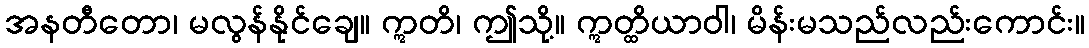
အနတီတော၊ မလွန်နိုင်ချေ။ ဣတိ၊ ဤသို့။ ဣတ္ထိယာဝါ၊ မိန်းမသည်လည်းကောင်း။